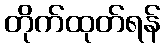
တိုက်ထုတ်ရန်